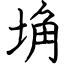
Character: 埆